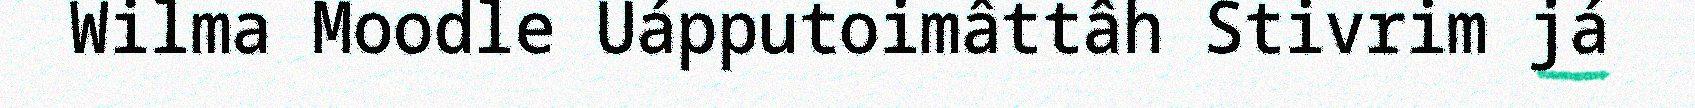
Wilma Moodle Uápputoimâttâh Stivrim já